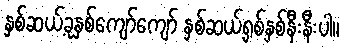
နှစ်ဆယ့်ခုနှစ်ကျော်ကျော် နှစ်ဆယ့်ရှစ်နှစ်နီးနီးပါ။